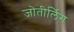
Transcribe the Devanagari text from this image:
जोतीर्लिग